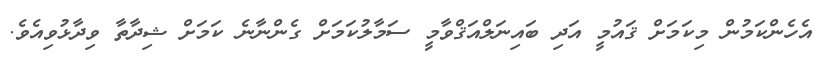
އެހެންކަމުން މިކަމަށް ޤައުމީ އަދި ބައިނަލްއަޤްވާމީ ސަމާލުކަމަށް ގެންނާނެ ކަމަށް ޝިދާތާ ވިދާޅުވިއެވެ.